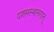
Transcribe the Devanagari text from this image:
दशमस्थानगान्